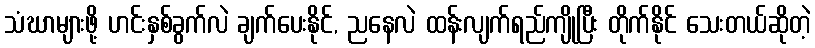
သံဃာများဖို့ ဟင်းနှစ်ခွက်လဲ ချက်ပေးနိုင်, ညနေလဲ ထန်းလျက်ရည်ကျိုပြီး တိုက်နိုင် သေးတယ်ဆိုတဲ့